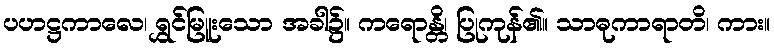
ပဟဋ္ဌကာလေ၊ ရွှင်မြူးသော အခါ၌။ ကရောန္တိ၊ ပြုကုန်၏။ သာဓုကာရာတိ၊ ကား။